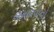
જમાવવાનો